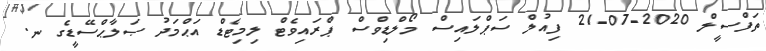
ތަފްސީލް 2020-07-21 ފިއުލް ސަޕްލައިސް މޯލްޑިވްސް ޕްރައިވެޓް ލިމިޓެޑް އަޙްމަދު ޞަލާޙްސޭޑީގެ ނ.